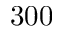
3 0 0